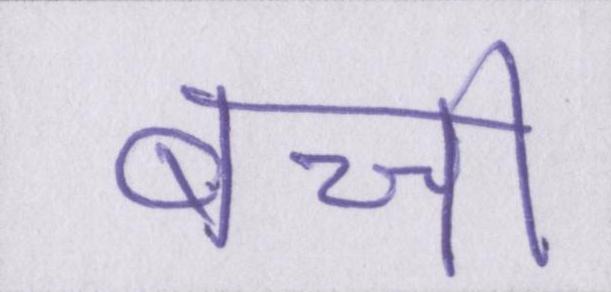
बच्ची